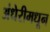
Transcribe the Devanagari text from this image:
अंधेरीमधून